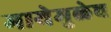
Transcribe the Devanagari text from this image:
मायेमुळेच